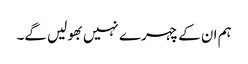
ہم ان کے چہرے نہیں بھولیں گے۔